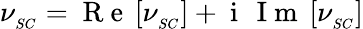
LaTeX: \nu_{_{SC}}=\mathrm{~R~e~}\left[\nu_{_{SC}}\right]+\mathrm{~i~}\, \mathrm{~I~m~}\left[\nu_{_{SC}}\right]